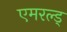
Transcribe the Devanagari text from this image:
एमरल्ड्